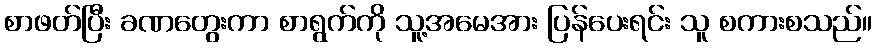
စာဖတ်ပြီး ခဏတွေးကာ စာရွက်ကို သူ့အမေအား ပြန်ပေးရင်း သူ စကားစသည်။